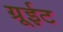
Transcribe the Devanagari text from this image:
ग्रूईट